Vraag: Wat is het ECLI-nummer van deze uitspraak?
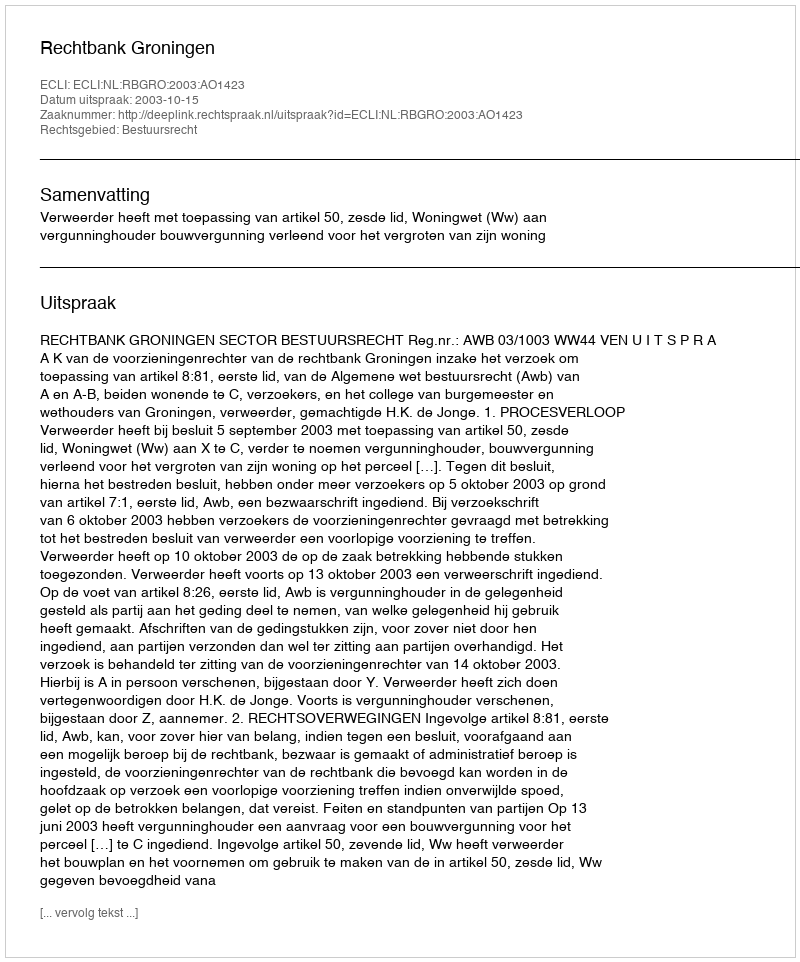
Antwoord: ECLI:NL:RBGRO:2003:AO1423